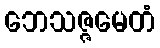
ဘေသဇ္ဇမေတံ